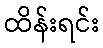
ထိန်းရင်း